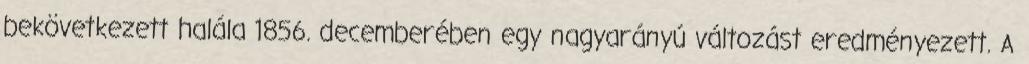
bekövetkezett halála 1856. decemberében egy nagyarányú változást eredményezett. A